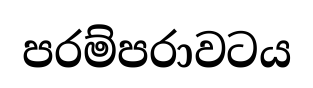
පරම්පරාවටය